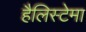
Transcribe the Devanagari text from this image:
हैलिस्टेमा